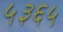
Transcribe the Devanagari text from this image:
५३६५